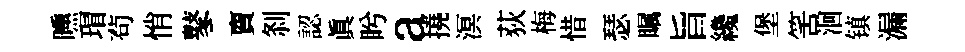
曛瑁茍悄鼕𧶠𠛴認眞盻a撓溟荻梅惜瑟瞩旨纔堡筈洄镇漏